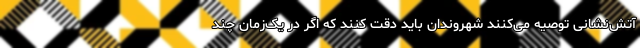
آتش‌نشانی توصیه می‌کنند شهروندان باید دقت کنند که اگر در یک‌زمان چند